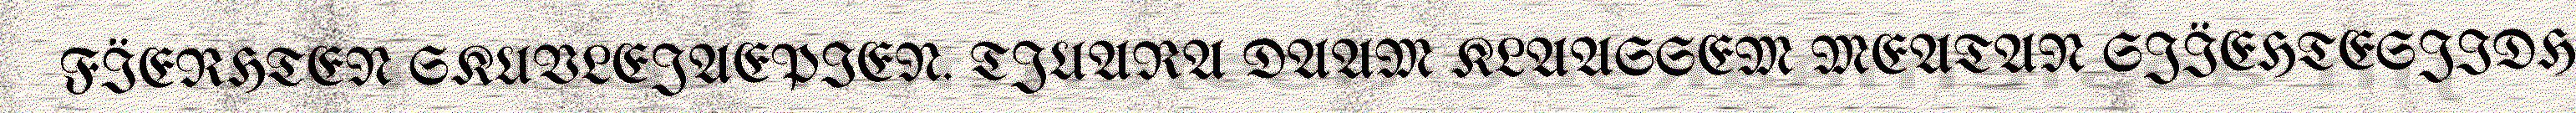
FÏERHTEN SKUVLEJAEPIEN. TJUARA DAAM KLAASSEM MEATAN SJÏEHTESJIDH